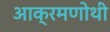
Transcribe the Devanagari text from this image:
आक्रमणोथी